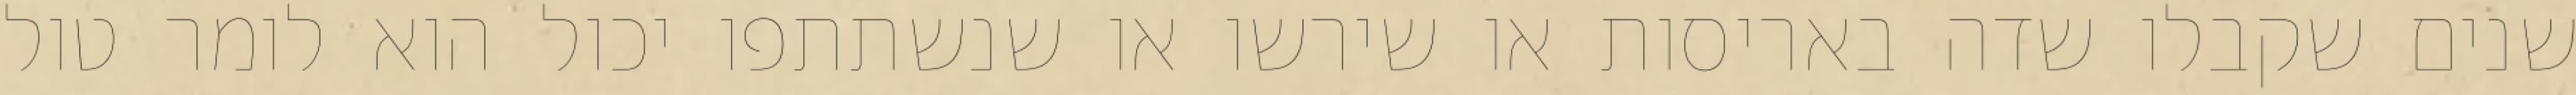
שנים שקבלו שדה באריסות או שירשו או שנשתתפו יכול הוא לומר טול